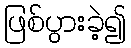
ဖြစ်ပွားခဲ့၍